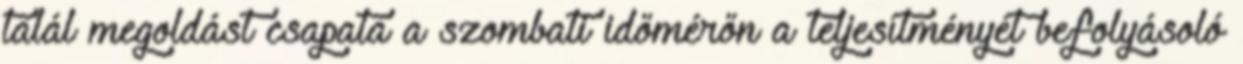
talál megoldást csapata a szombati időmérőn a teljesítményét befolyásoló